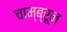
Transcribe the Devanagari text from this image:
चाम्ब्रून